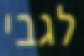
לגבי